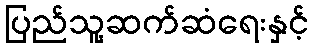
ပြည်သူ့ဆက်ဆံရေးနှင့်